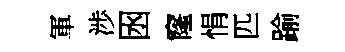
軍渉囦窿悁匹踰